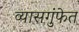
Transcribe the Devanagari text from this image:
व्यासगुंफेत